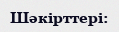
Шәкірттері: